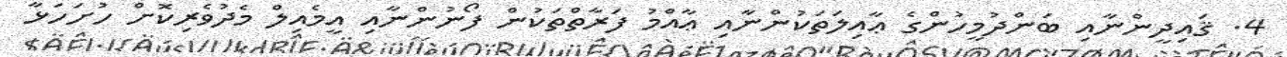
4. ޤައިދީންނާއި ބަންދުމީހުންގެ ޢާއިލަތަކުންނާއި ޢާއްމު ފަރާތްތަކުން ފޯނުންނާއި އީމެއިލް މެދުވެރިކޮށް ހުށަހަޅާ